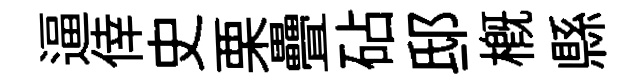
逼倖史栗疊砧邸概縣